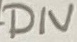
Text: DIV